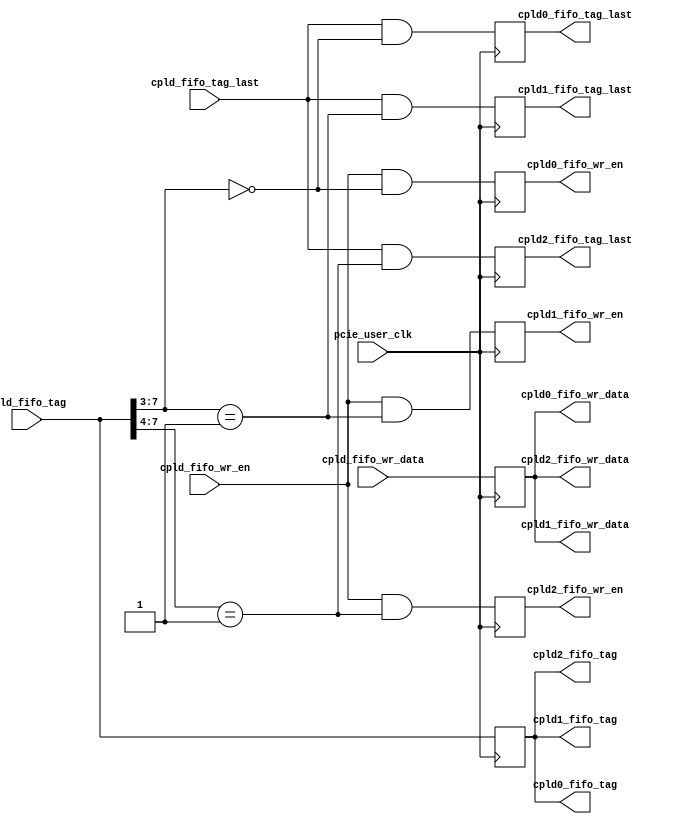

/*
----------------------------------------------------------------------------------
Copyright (c) 2013-2014

  Embedded and Network Computing Lab.
  Open SSD Project
  Hanyang University

All rights reserved.

----------------------------------------------------------------------------------

Redistribution and use in source and binary forms, with or without
modification, are permitted provided that the following conditions are
met:

  1. Redistributions of source code must retain the above copyright
     notice, this list of conditions and the following disclaimer.

  2. Redistributions in binary form must reproduce the above copyright
     notice, this list of conditions and the following disclaimer in the
     documentation and/or other materials provided with the distribution.

  3. All advertising materials mentioning features or use of this source code
     must display the following acknowledgement:
     This product includes source code developed 
     by the Embedded and Network Computing Lab. and the Open SSD Project.

THIS SOFTWARE IS PROVIDED BY THE COPYRIGHT HOLDERS AND CONTRIBUTORS "AS IS" AND
ANY EXPRESS OR IMPLIED WARRANTIES, INCLUDING, BUT NOT LIMITED TO, THE IMPLIED
WARRANTIES OF MERCHANTABILITY AND FITNESS FOR A PARTICULAR PURPOSE ARE
DISCLAIMED. IN NO EVENT SHALL THE COPYRIGHT OWNER OR CONTRIBUTORS BE LIABLE FOR
ANY DIRECT, INDIRECT, INCIDENTAL, SPECIAL, EXEMPLARY, OR CONSEQUENTIAL DAMAGES
(INCLUDING, BUT NOT LIMITED TO, PROCUREMENT OF SUBSTITUTE GOODS OR SERVICES;
LOSS OF USE, DATA, OR PROFITS; OR BUSINESS INTERRUPTION) HOWEVER CAUSED AND
ON ANY THEORY OF LIABILITY, WHETHER IN CONTRACT, STRICT LIABILITY, OR TORT
(INCLUDING NEGLIGENCE OR OTHERWISE) ARISING IN ANY WAY OUT OF THE USE OF THIS
SOFTWARE, EVEN IF ADVISED OF THE POSSIBILITY OF SUCH DAMAGE.

----------------------------------------------------------------------------------

http://enclab.hanyang.ac.kr/
http://www.openssd-project.org/
http://www.hanyang.ac.kr/

----------------------------------------------------------------------------------
*/


`timescale 1ns / 1ps


module pcie_rx_cpld_sel# (
	parameter	C_PCIE_DATA_WIDTH			= 128
)
(
	input									pcie_user_clk,

	input									cpld_fifo_wr_en,
	input	[C_PCIE_DATA_WIDTH-1:0]			cpld_fifo_wr_data,
	input	[7:0]							cpld_fifo_tag,
	input									cpld_fifo_tag_last,

	output	[7:0]							cpld0_fifo_tag,
	output									cpld0_fifo_tag_last,
	output									cpld0_fifo_wr_en,
	output	[C_PCIE_DATA_WIDTH-1:0]			cpld0_fifo_wr_data,

	output	[7:0]							cpld1_fifo_tag,
	output									cpld1_fifo_tag_last,
	output									cpld1_fifo_wr_en,
	output	[C_PCIE_DATA_WIDTH-1:0]			cpld1_fifo_wr_data,

	output	[7:0]							cpld2_fifo_tag,
	output									cpld2_fifo_tag_last,
	output									cpld2_fifo_wr_en,
	output	[C_PCIE_DATA_WIDTH-1:0]			cpld2_fifo_wr_data
);

reg		[7:0]								r_cpld_fifo_tag;
reg		[C_PCIE_DATA_WIDTH-1:0]				r_cpld_fifo_wr_data;

reg											r_cpld0_fifo_tag_last;
reg											r_cpld0_fifo_wr_en;

reg											r_cpld1_fifo_tag_last;
reg											r_cpld1_fifo_wr_en;

reg											r_cpld2_fifo_tag_last;
reg											r_cpld2_fifo_wr_en;

wire	[2:0]								w_cpld_prefix_tag_hit;


assign w_cpld_prefix_tag_hit[0] = (cpld_fifo_tag[7:3] == 5'b00000);
assign w_cpld_prefix_tag_hit[1] = (cpld_fifo_tag[7:3] == 5'b00001);
assign w_cpld_prefix_tag_hit[2] = (cpld_fifo_tag[7:4] == 4'b0001);

assign cpld0_fifo_tag = r_cpld_fifo_tag;
assign cpld0_fifo_tag_last = r_cpld0_fifo_tag_last;
assign cpld0_fifo_wr_en = r_cpld0_fifo_wr_en;
assign cpld0_fifo_wr_data = r_cpld_fifo_wr_data;

assign cpld1_fifo_tag = r_cpld_fifo_tag;
assign cpld1_fifo_tag_last = r_cpld1_fifo_tag_last;
assign cpld1_fifo_wr_en = r_cpld1_fifo_wr_en;
assign cpld1_fifo_wr_data = r_cpld_fifo_wr_data;

assign cpld2_fifo_tag = r_cpld_fifo_tag;
assign cpld2_fifo_tag_last = r_cpld2_fifo_tag_last;
assign cpld2_fifo_wr_en = r_cpld2_fifo_wr_en;
assign cpld2_fifo_wr_data = r_cpld_fifo_wr_data;

always @(posedge pcie_user_clk)
begin
	r_cpld_fifo_tag <= cpld_fifo_tag;
	r_cpld_fifo_wr_data <= cpld_fifo_wr_data;

	r_cpld0_fifo_tag_last = cpld_fifo_tag_last & w_cpld_prefix_tag_hit[0];
	r_cpld0_fifo_wr_en <= cpld_fifo_wr_en & w_cpld_prefix_tag_hit[0];

	r_cpld1_fifo_tag_last = cpld_fifo_tag_last & w_cpld_prefix_tag_hit[1];
	r_cpld1_fifo_wr_en <= cpld_fifo_wr_en & w_cpld_prefix_tag_hit[1];

	r_cpld2_fifo_tag_last = cpld_fifo_tag_last & w_cpld_prefix_tag_hit[2];
	r_cpld2_fifo_wr_en <= cpld_fifo_wr_en & w_cpld_prefix_tag_hit[2];
end


endmodule